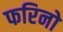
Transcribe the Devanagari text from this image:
फरिनो